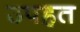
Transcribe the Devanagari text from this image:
उपहत